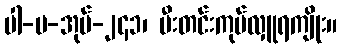
ပါ-ပ-အုပ်-၂၄၁၊ မီးတင်းကုပ်လှူရကျိုး။